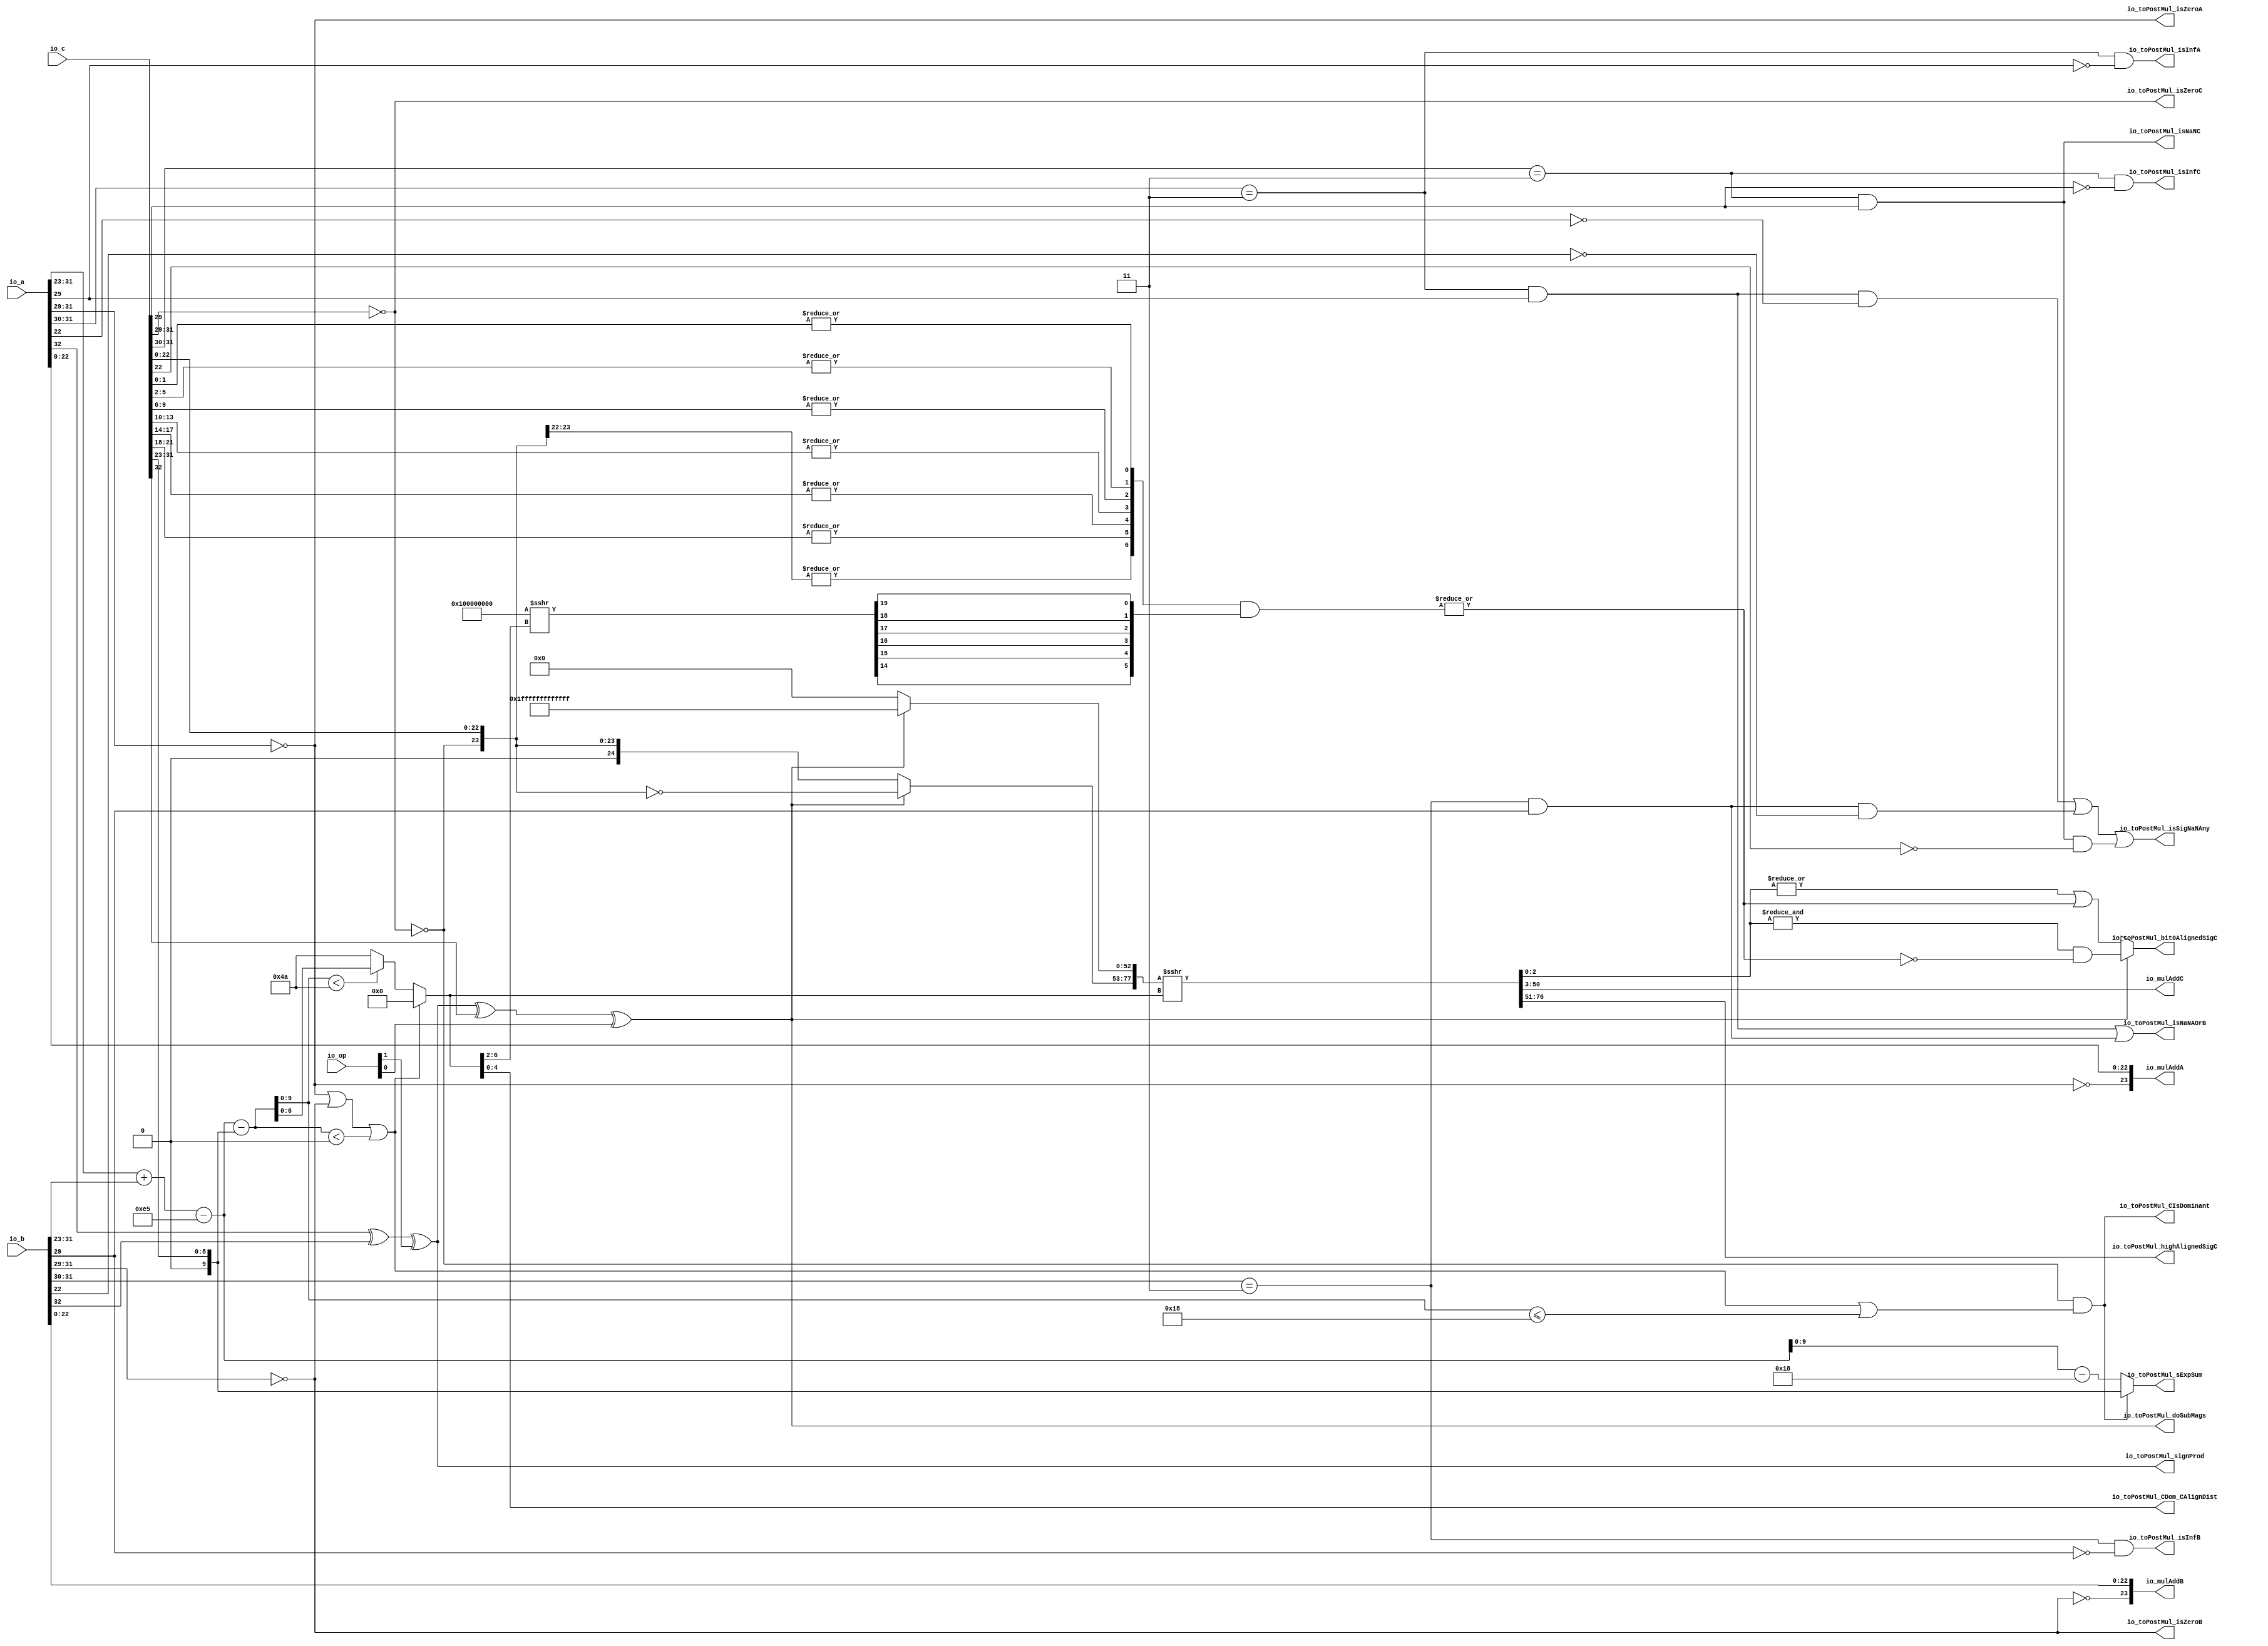
module MulAddRecFNToRaw_preMul(
  input  [1:0]  io_op,
  input  [32:0] io_a,
  input  [32:0] io_b,
  input  [32:0] io_c,
  output [23:0] io_mulAddA,
  output [23:0] io_mulAddB,
  output [47:0] io_mulAddC,
  output        io_toPostMul_isSigNaNAny,
  output        io_toPostMul_isNaNAOrB,
  output        io_toPostMul_isInfA,
  output        io_toPostMul_isZeroA,
  output        io_toPostMul_isInfB,
  output        io_toPostMul_isZeroB,
  output        io_toPostMul_signProd,
  output        io_toPostMul_isNaNC,
  output        io_toPostMul_isInfC,
  output        io_toPostMul_isZeroC,
  output [9:0]  io_toPostMul_sExpSum,
  output        io_toPostMul_doSubMags,
  output        io_toPostMul_CIsDominant,
  output [4:0]  io_toPostMul_CDom_CAlignDist,
  output [25:0] io_toPostMul_highAlignedSigC,
  output        io_toPostMul_bit0AlignedSigC
);
  wire [8:0] rawA_exp = io_a[31:23]; // @[rawFloatFromRecFN.scala 50:21]
  wire  rawA_isZero = (rawA_exp[8:6]) == 3'h0; // @[rawFloatFromRecFN.scala 51:54]
  wire  rawA_isSpecial = (rawA_exp[8:7]) == 2'h3; // @[rawFloatFromRecFN.scala 52:54]
  wire  rawA__isNaN = rawA_isSpecial & (rawA_exp[6]); // @[rawFloatFromRecFN.scala 55:33]
  wire  rawA__sign = io_a[32]; // @[rawFloatFromRecFN.scala 58:25]
  wire [9:0] rawA__sExp = {1'b0,$signed(rawA_exp)}; // @[rawFloatFromRecFN.scala 59:27]
  wire  rawA_rawA_sig_right_left = ~rawA_isZero; // @[rawFloatFromRecFN.scala 60:39]
  wire [22:0] rawA_rawA_sig_left = io_a[22:0]; // @[rawFloatFromRecFN.scala 60:51]
  wire [24:0] rawA__sig = {1'h0,rawA_rawA_sig_right_left,rawA_rawA_sig_left}; // @[Cat.scala 29:58]
  wire [8:0] rawB_exp = io_b[31:23]; // @[rawFloatFromRecFN.scala 50:21]
  wire  rawB_isZero = (rawB_exp[8:6]) == 3'h0; // @[rawFloatFromRecFN.scala 51:54]
  wire  rawB_isSpecial = (rawB_exp[8:7]) == 2'h3; // @[rawFloatFromRecFN.scala 52:54]
  wire  rawB__isNaN = rawB_isSpecial & (rawB_exp[6]); // @[rawFloatFromRecFN.scala 55:33]
  wire  rawB__sign = io_b[32]; // @[rawFloatFromRecFN.scala 58:25]
  wire [9:0] rawB__sExp = {1'b0,$signed(rawB_exp)}; // @[rawFloatFromRecFN.scala 59:27]
  wire  rawB_rawB_sig_right_left = ~rawB_isZero; // @[rawFloatFromRecFN.scala 60:39]
  wire [22:0] rawB_rawB_sig_left = io_b[22:0]; // @[rawFloatFromRecFN.scala 60:51]
  wire [24:0] rawB__sig = {1'h0,rawB_rawB_sig_right_left,rawB_rawB_sig_left}; // @[Cat.scala 29:58]
  wire [8:0] rawC_exp = io_c[31:23]; // @[rawFloatFromRecFN.scala 50:21]
  wire  rawC_isZero = (rawC_exp[8:6]) == 3'h0; // @[rawFloatFromRecFN.scala 51:54]
  wire  rawC_isSpecial = (rawC_exp[8:7]) == 2'h3; // @[rawFloatFromRecFN.scala 52:54]
  wire  rawC__isNaN = rawC_isSpecial & (rawC_exp[6]); // @[rawFloatFromRecFN.scala 55:33]
  wire  rawC__sign = io_c[32]; // @[rawFloatFromRecFN.scala 58:25]
  wire [9:0] rawC__sExp = {1'b0,$signed(rawC_exp)}; // @[rawFloatFromRecFN.scala 59:27]
  wire  rawC_rawC_sig_right_left = ~rawC_isZero; // @[rawFloatFromRecFN.scala 60:39]
  wire [22:0] rawC_rawC_sig_left = io_c[22:0]; // @[rawFloatFromRecFN.scala 60:51]
  wire [24:0] rawC__sig = {1'h0,rawC_rawC_sig_right_left,rawC_rawC_sig_left}; // @[Cat.scala 29:58]
  wire  signProd = (rawA__sign ^ rawB__sign) ^ (io_op[1]); // @[MulAddRecFN.scala 98:42]
  wire [10:0] _sExpAlignedProd_T = $signed(rawA__sExp) + $signed(rawB__sExp); // @[MulAddRecFN.scala 101:19]
  wire [10:0] sExpAlignedProd = $signed(_sExpAlignedProd_T) - 11'she5; // @[MulAddRecFN.scala 101:32]
  wire  doSubMags = (signProd ^ rawC__sign) ^ (io_op[0]); // @[MulAddRecFN.scala 103:42]
  wire [10:0] _GEN_0 = {{1{rawC__sExp[9]}},rawC__sExp}; // @[MulAddRecFN.scala 107:42]
  wire [10:0] sNatCAlignDist = $signed(sExpAlignedProd) - $signed(_GEN_0); // @[MulAddRecFN.scala 107:42]
  wire [9:0] posNatCAlignDist = sNatCAlignDist[9:0]; // @[MulAddRecFN.scala 108:42]
  wire  isMinCAlign = (rawA_isZero | rawB_isZero) | ($signed(sNatCAlignDist) < 11'sh0); // @[MulAddRecFN.scala 109:50]
  wire  CIsDominant = rawC_rawC_sig_right_left & (isMinCAlign | (posNatCAlignDist <= 10'h18)); // @[MulAddRecFN.scala 111:23]
  wire [6:0] _CAlignDist_T_2 = posNatCAlignDist < 10'h4a ? posNatCAlignDist[6:0] : 7'h4a; // @[MulAddRecFN.scala 115:16]
  wire [6:0] CAlignDist = isMinCAlign ? 7'h0 : _CAlignDist_T_2; // @[MulAddRecFN.scala 113:12]
  wire [24:0] _mainAlignedSigC_T = ~rawC__sig; // @[MulAddRecFN.scala 121:28]
  wire [24:0] mainAlignedSigC_right = doSubMags ? _mainAlignedSigC_T : rawC__sig; // @[MulAddRecFN.scala 121:16]
  wire [52:0] mainAlignedSigC_left = doSubMags ? 53'h1fffffffffffff : 53'h0; // @[Bitwise.scala 72:12]
  wire [77:0] _mainAlignedSigC_T_3 = {mainAlignedSigC_right,mainAlignedSigC_left}; // @[MulAddRecFN.scala 123:11]
  wire [77:0] mainAlignedSigC = $signed(_mainAlignedSigC_T_3) >>> CAlignDist; // @[MulAddRecFN.scala 123:17]
  wire [26:0] _reduced4CExtra_T = {rawC__sig, 2'h0}; // @[MulAddRecFN.scala 125:30]
  wire  reduced4CExtra_reducedVec_0 = |(_reduced4CExtra_T[3:0]); // @[primitives.scala 121:54]
  wire  reduced4CExtra_reducedVec_1 = |(_reduced4CExtra_T[7:4]); // @[primitives.scala 121:54]
  wire  reduced4CExtra_reducedVec_2 = |(_reduced4CExtra_T[11:8]); // @[primitives.scala 121:54]
  wire  reduced4CExtra_reducedVec_3 = |(_reduced4CExtra_T[15:12]); // @[primitives.scala 121:54]
  wire  reduced4CExtra_reducedVec_4 = |(_reduced4CExtra_T[19:16]); // @[primitives.scala 121:54]
  wire  reduced4CExtra_reducedVec_5 = |(_reduced4CExtra_T[23:20]); // @[primitives.scala 121:54]
  wire  reduced4CExtra_reducedVec_6 = |(_reduced4CExtra_T[26:24]); // @[primitives.scala 124:57]
  wire [6:0] _reduced4CExtra_T_1 = {reduced4CExtra_reducedVec_6,reduced4CExtra_reducedVec_5,reduced4CExtra_reducedVec_4,
    reduced4CExtra_reducedVec_3,reduced4CExtra_reducedVec_2,reduced4CExtra_reducedVec_1,reduced4CExtra_reducedVec_0}; // @[primitives.scala 125:20]
  wire [32:0] reduced4CExtra_shift = -33'sh100000000 >>> (CAlignDist[6:2]); // @[primitives.scala 77:58]
  wire  reduced4CExtra_right_1 = reduced4CExtra_shift[14]; // @[Bitwise.scala 109:18]
  wire  reduced4CExtra_left_1 = reduced4CExtra_shift[15]; // @[Bitwise.scala 109:44]
  wire  reduced4CExtra_right_3 = reduced4CExtra_shift[16]; // @[Bitwise.scala 109:18]
  wire  reduced4CExtra_left_2 = reduced4CExtra_shift[17]; // @[Bitwise.scala 109:44]
  wire  reduced4CExtra_right_5 = reduced4CExtra_shift[18]; // @[Bitwise.scala 109:18]
  wire  reduced4CExtra_left_4 = reduced4CExtra_shift[19]; // @[Bitwise.scala 109:44]
  wire [5:0] _reduced4CExtra_T_8 = {reduced4CExtra_right_1,reduced4CExtra_left_1,reduced4CExtra_right_3,
    reduced4CExtra_left_2,reduced4CExtra_right_5,reduced4CExtra_left_4}; // @[Cat.scala 29:58]
  wire [6:0] _GEN_1 = {{1'd0}, _reduced4CExtra_T_8}; // @[MulAddRecFN.scala 125:68]
  wire [6:0] _reduced4CExtra_T_9 = _reduced4CExtra_T_1 & _GEN_1; // @[MulAddRecFN.scala 125:68]
  wire  reduced4CExtra = |_reduced4CExtra_T_9; // @[MulAddRecFN.scala 133:11]
  wire  _alignedSigC_T_4 = (&(mainAlignedSigC[2:0])) & (~reduced4CExtra); // @[MulAddRecFN.scala 137:44]
  wire  _alignedSigC_T_7 = (|(mainAlignedSigC[2:0])) | reduced4CExtra; // @[MulAddRecFN.scala 138:44]
  wire  alignedSigC_left = doSubMags ? _alignedSigC_T_4 : _alignedSigC_T_7; // @[MulAddRecFN.scala 136:16]
  wire [74:0] alignedSigC_right = mainAlignedSigC[77:3]; // @[Cat.scala 29:58]
  wire [75:0] alignedSigC = {alignedSigC_right,alignedSigC_left}; // @[Cat.scala 29:58]
  wire  _io_toPostMul_isSigNaNAny_T_2 = rawA__isNaN & (~(rawA__sig[22])); // @[common.scala 81:46]
  wire  _io_toPostMul_isSigNaNAny_T_5 = rawB__isNaN & (~(rawB__sig[22])); // @[common.scala 81:46]
  wire  _io_toPostMul_isSigNaNAny_T_9 = rawC__isNaN & (~(rawC__sig[22])); // @[common.scala 81:46]
  wire [10:0] _io_toPostMul_sExpSum_T_2 = $signed(sExpAlignedProd) - 11'sh18; // @[MulAddRecFN.scala 161:53]
  wire [10:0] _io_toPostMul_sExpSum_T_3 = CIsDominant ? $signed({{1{rawC__sExp[9]}},rawC__sExp}) : $signed(
    _io_toPostMul_sExpSum_T_2); // @[MulAddRecFN.scala 161:12]
  assign io_mulAddA = rawA__sig[23:0]; // @[MulAddRecFN.scala 144:16]
  assign io_mulAddB = rawB__sig[23:0]; // @[MulAddRecFN.scala 145:16]
  assign io_mulAddC = alignedSigC[48:1]; // @[MulAddRecFN.scala 146:30]
  assign io_toPostMul_isSigNaNAny = (_io_toPostMul_isSigNaNAny_T_2 | _io_toPostMul_isSigNaNAny_T_5) |
    _io_toPostMul_isSigNaNAny_T_9; // @[MulAddRecFN.scala 149:58]
  assign io_toPostMul_isNaNAOrB = rawA__isNaN | rawB__isNaN; // @[MulAddRecFN.scala 151:42]
  assign io_toPostMul_isInfA = rawA_isSpecial & (~(rawA_exp[6])); // @[rawFloatFromRecFN.scala 56:33]
  assign io_toPostMul_isZeroA = (rawA_exp[8:6]) == 3'h0; // @[rawFloatFromRecFN.scala 51:54]
  assign io_toPostMul_isInfB = rawB_isSpecial & (~(rawB_exp[6])); // @[rawFloatFromRecFN.scala 56:33]
  assign io_toPostMul_isZeroB = (rawB_exp[8:6]) == 3'h0; // @[rawFloatFromRecFN.scala 51:54]
  assign io_toPostMul_signProd = (rawA__sign ^ rawB__sign) ^ (io_op[1]); // @[MulAddRecFN.scala 98:42]
  assign io_toPostMul_isNaNC = rawC_isSpecial & (rawC_exp[6]); // @[rawFloatFromRecFN.scala 55:33]
  assign io_toPostMul_isInfC = rawC_isSpecial & (~(rawC_exp[6])); // @[rawFloatFromRecFN.scala 56:33]
  assign io_toPostMul_isZeroC = (rawC_exp[8:6]) == 3'h0; // @[rawFloatFromRecFN.scala 51:54]
  assign io_toPostMul_sExpSum = _io_toPostMul_sExpSum_T_3[9:0]; // @[MulAddRecFN.scala 160:28]
  assign io_toPostMul_doSubMags = (signProd ^ rawC__sign) ^ (io_op[0]); // @[MulAddRecFN.scala 103:42]
  assign io_toPostMul_CIsDominant = rawC_rawC_sig_right_left & (isMinCAlign | (posNatCAlignDist <= 10'h18)); // @[MulAddRecFN.scala 111:23]
  assign io_toPostMul_CDom_CAlignDist = CAlignDist[4:0]; // @[MulAddRecFN.scala 164:47]
  assign io_toPostMul_highAlignedSigC = alignedSigC[74:49]; // @[MulAddRecFN.scala 166:20]
  assign io_toPostMul_bit0AlignedSigC = alignedSigC[0]; // @[MulAddRecFN.scala 167:48]
endmodule